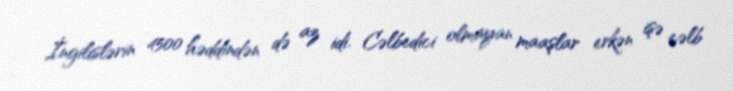
İngilislərin 4500 həddindən də az idi. Cəlbedici olmayan maaşlar erkən işə cəlb